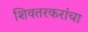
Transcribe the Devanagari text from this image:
शिवतरकरांचा